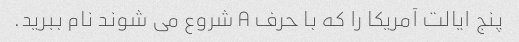
پنج ایالت آمریکا را که با حرف A شروع می شوند نام ببرید.